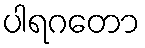
ပါရဂတော